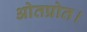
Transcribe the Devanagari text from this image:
ओतप्रोत।